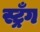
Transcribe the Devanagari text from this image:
स्ट्रँग